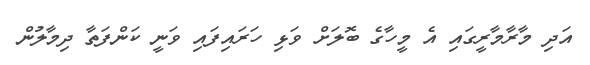
އަދި މާރާމާރީގައި އެ މީހާގެ ބޮލަށް ވަޅި ހަރައިފައި ވަނީ ކަންފަތާ ދިމާލުން